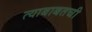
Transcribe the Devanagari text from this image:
त्याबाबतची